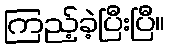
ကြည့်ခဲ့ပြီးပြီ။